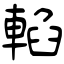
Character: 輡